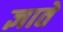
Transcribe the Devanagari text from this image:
ज्ञाते